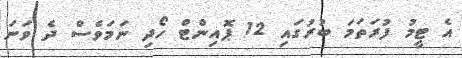
އެ ޓީމު ފުރަަތަމަ ބުރުގައި 12 ޕޮއިންޓް ހޯދި ނަމަވެސް ދެ ވަނަ